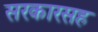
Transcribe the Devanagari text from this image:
सरकारसह